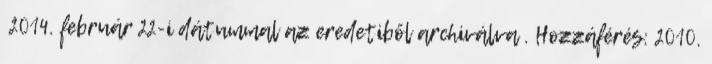
2014. február 22-i dátummal az eredetiből archiválva . Hozzáférés: 2010.